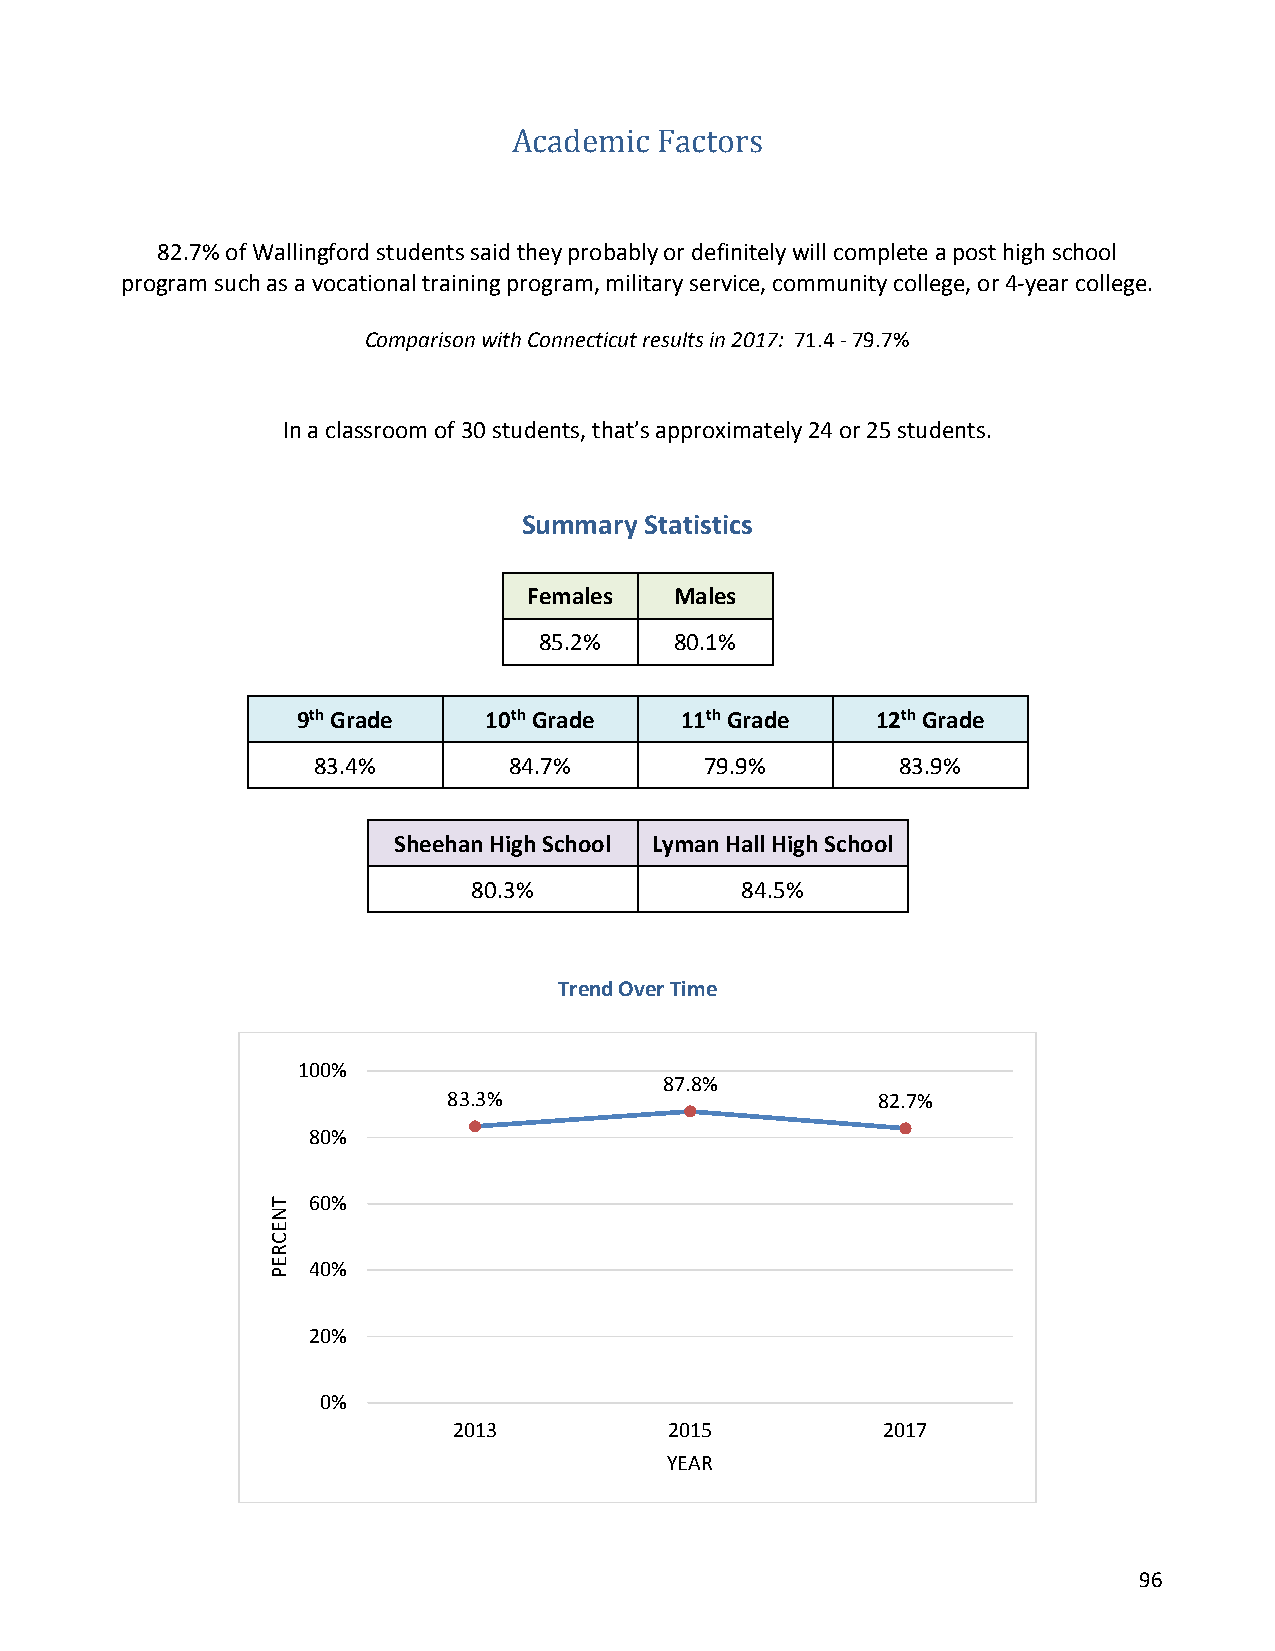
Academic  Factors
 82.7% of Wallingford students said they probably or definitely will complete a post high school
 program such as a vocational training program, military service, community college, or 4-year college.
 Comparison with Connecticut results in 2017: 71.4 - 79.7%
 In a classroom of 30 students, that’s approximately 24 or 25 students.
 Summary Statistics
 Females   Males
 85.2%    80.1%
 9th Grade   10th Grade   11th Grade   12th Grade
 83.4%        84.7%        79.9%        83.9%
 Sheehan High School Lyman Hall High School
 80.3%             84.5%
 Trend Over Time
 100%
 87.8%
 83.3%                       82.7%
 80%
 60%
 40%
 20%
 0%
 2013          2015          2017
 YEAR
 96
 TNECREP